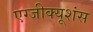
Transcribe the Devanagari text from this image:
एग्जीक्यूशंस